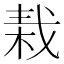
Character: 𣒭